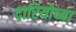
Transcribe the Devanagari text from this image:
दारियोच्या